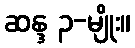
ဆန္ဒ ၃-မျိုး။